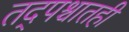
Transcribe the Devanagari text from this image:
तद्पश्चातही